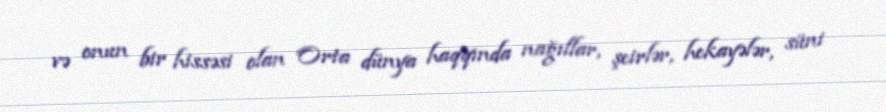
və onun bir hissəsi olan Orta dünya haqqında nağıllar, şeirlər, hekayələr, süni